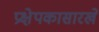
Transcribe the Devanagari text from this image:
प्रक्षेपकासारखे